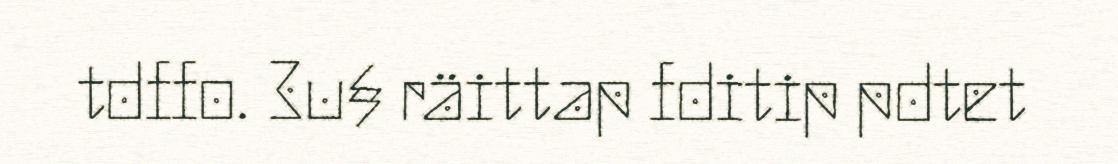
tdffo. 3u§ räittap fditip pdtet